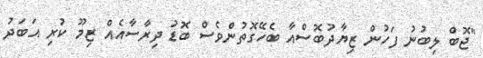
"ޖޮބް ލިބުނު ފަހުން ޒިޔާދުބޮސްއާ ބެހޭގޮތުންވެސް ބޮޑު ދިރާސާއެއް ޒިމޫ ކުރި އަބަދު